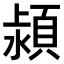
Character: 𣾢